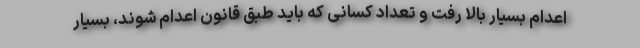
اعدام بسیار بالا رفت و تعداد کسانی که باید طبق قانون اعدام شوند، بسیار